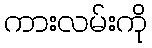
ကားလမ်းကို